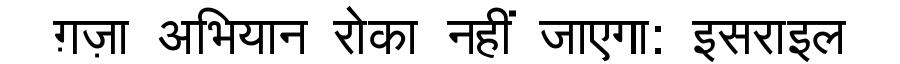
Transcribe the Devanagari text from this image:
ग़ज़ा अभियान रोका नहीं जाएगा: इसराइल